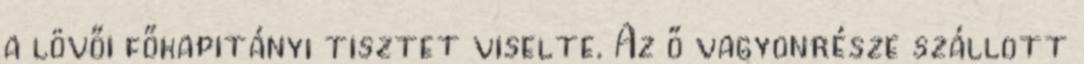
a lövői főkapitányi tisztet viselte. Az ő vagyonrésze szállott